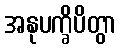
အနုပက္ခိပိတွာ